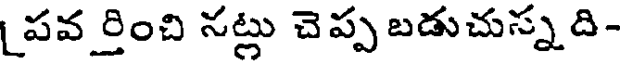
పవ ర్తించి నట్లు చెప్ప బడుచుస్న ది-